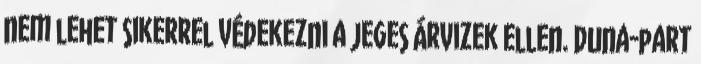
nem lehet sikerrel védekezni a jeges árvizek ellen. Duna-part